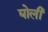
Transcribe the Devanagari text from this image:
घोली